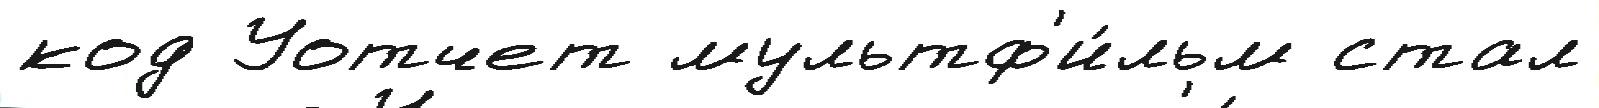
код Уотчет мультф'и́льм стал